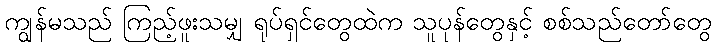
ကျွန်မသည် ကြည့်ဖူးသမျှ ရုပ်ရှင်တွေထဲက သူပုန်တွေနှင့် စစ်သည်တော်တွေ